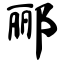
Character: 郦